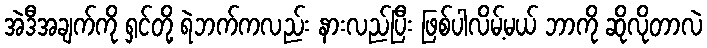
အဲဒီအချက်ကို ရှင်တို့ ရဲဘက်ကလည်း နားလည်ပြီး ဖြစ်ပါလိမ့်မယ် ဘာကို ဆိုလိုတာလဲ